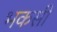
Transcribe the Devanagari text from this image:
भकसी